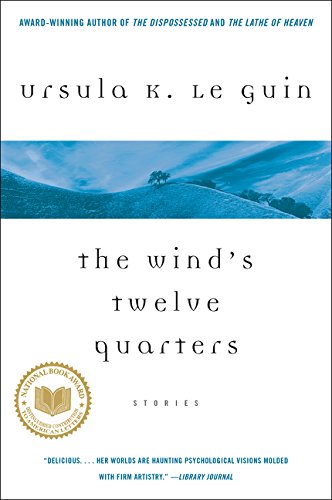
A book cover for The Wind's Twelve Quarters; Ursula K. Le Guin; Science Fiction & Fantasy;